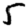
Digit: 5